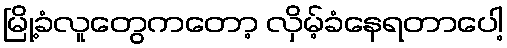
မြို့ခံလူတွေကတော့ လှိမ့်ခံနေရတာပေါ့